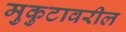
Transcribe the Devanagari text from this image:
मुकुटावरील